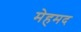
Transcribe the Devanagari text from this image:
मेहमद